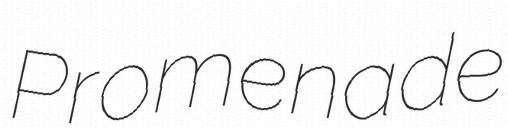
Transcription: Promenade